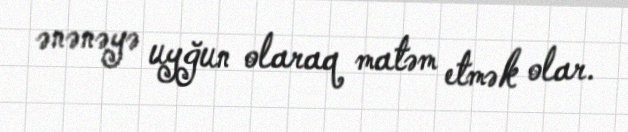
ənənəyə uyğun olaraq matəm etmək olar.